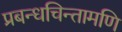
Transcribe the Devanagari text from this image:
प्रबन्धचिन्तामणि